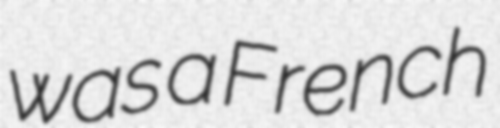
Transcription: was a French